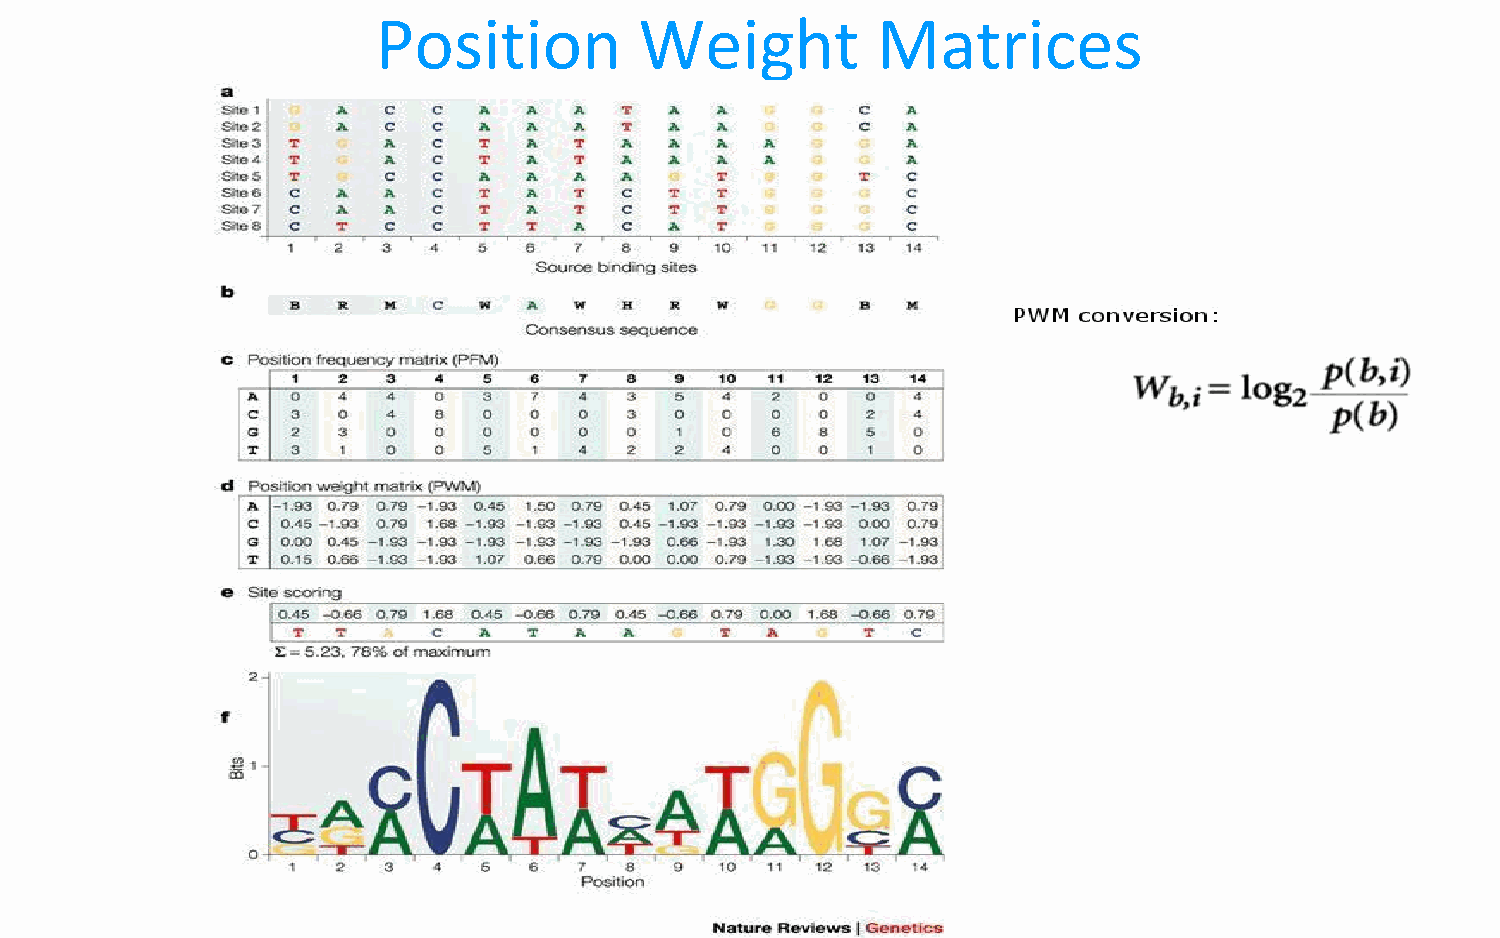
Position         Weight          Matrices